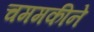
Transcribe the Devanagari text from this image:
चममकीने